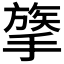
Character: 𢳈